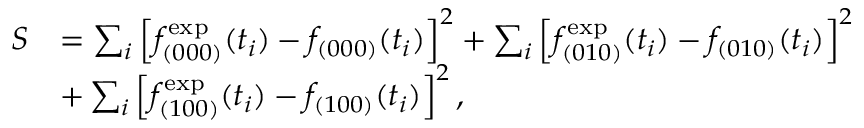
\begin{array} { r l } { S } & { = \sum _ { i } \left[ f _ { ( 0 0 0 ) } ^ { \mathrm { e x p } } ( t _ { i } ) - f _ { ( 0 0 0 ) } ( t _ { i } ) \right] ^ { 2 } + \sum _ { i } \left[ f _ { ( 0 1 0 ) } ^ { \mathrm { e x p } } ( t _ { i } ) - f _ { ( 0 1 0 ) } ( t _ { i } ) \right] ^ { 2 } } \\ & { + \sum _ { i } \left[ f _ { ( 1 0 0 ) } ^ { \mathrm { e x p } } ( t _ { i } ) - f _ { ( 1 0 0 ) } ( t _ { i } ) \right] ^ { 2 } , } \end{array}